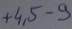
Text: +4,5-9